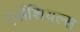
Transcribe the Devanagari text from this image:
एसेंशियल्स